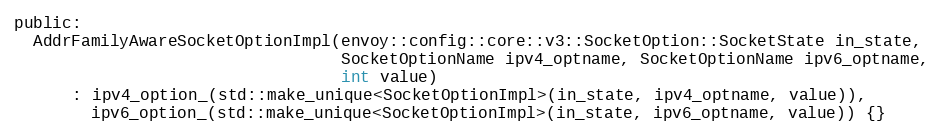
Language: C
public:
  AddrFamilyAwareSocketOptionImpl(envoy::config::core::v3::SocketOption::SocketState in_state,
                                  SocketOptionName ipv4_optname, SocketOptionName ipv6_optname,
                                  int value)
      : ipv4_option_(std::make_unique<SocketOptionImpl>(in_state, ipv4_optname, value)),
        ipv6_option_(std::make_unique<SocketOptionImpl>(in_state, ipv6_optname, value)) {}